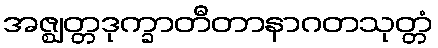
အဇ္ဈတ္တဒုက္ခာတီတာနာဂတသုတ္တံ